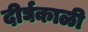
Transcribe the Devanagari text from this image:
दीर्घकाळी